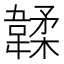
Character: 韖